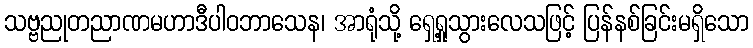
သဗ္ဗညုတညာဏမဟာဒီပါဝဘာသေန၊ အာရုံသို့ ရှေ့ရှုသွားလေသဖြင့် ပြန်နစ်ခြင်းမရှိသော